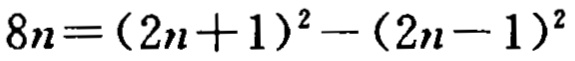
$8n=(2n + 1)^2-(2n - 1)^2$